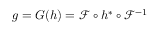
g = G ( h ) = \mathcal { F } \circ h ^ { * } \circ \mathcal { F } ^ { - 1 }